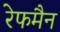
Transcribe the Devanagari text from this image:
रेफमैन